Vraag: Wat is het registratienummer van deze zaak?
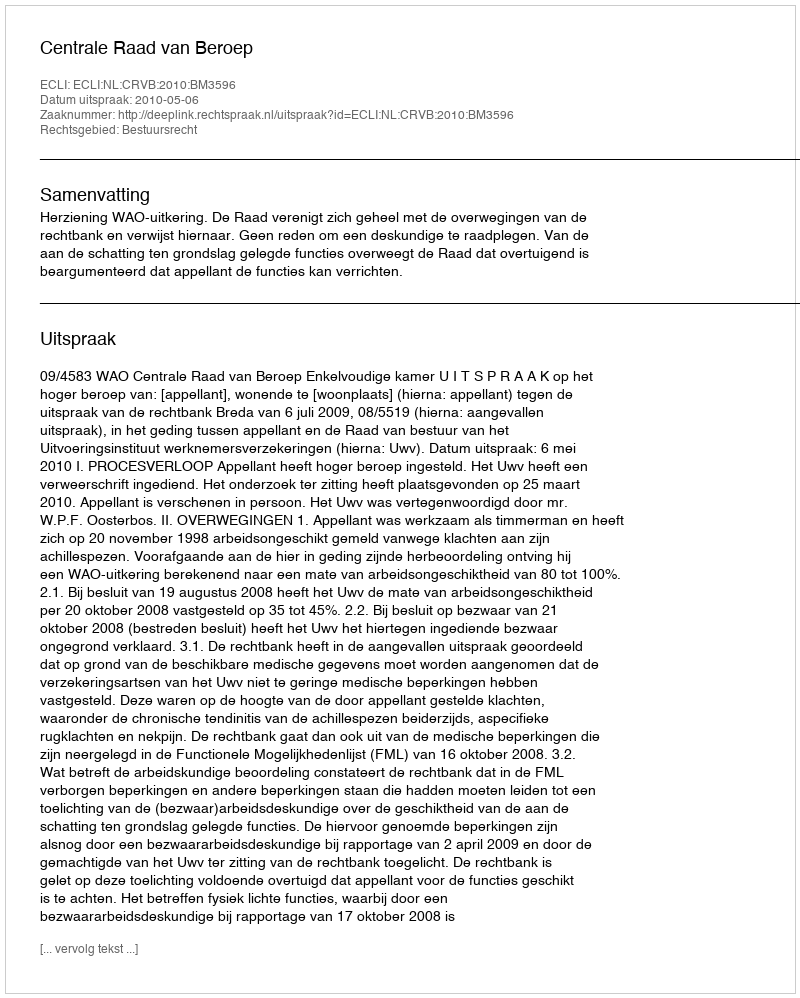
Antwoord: http://deeplink.rechtspraak.nl/uitspraak?id=ECLI:NL:CRVB:2010:BM3596